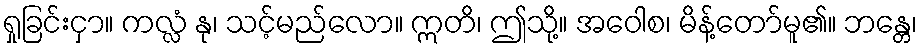
ရှုခြင်းငှာ။ ကလ္လံ နု၊ သင့်မည်လော။ ဣတိ၊ ဤသို့။ အဝေါစ၊ မိန့်တော်မူ၏။ ဘန္တေ၊